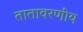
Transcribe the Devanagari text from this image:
तातावरणीय